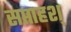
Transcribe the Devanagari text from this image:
सप्ताहश्